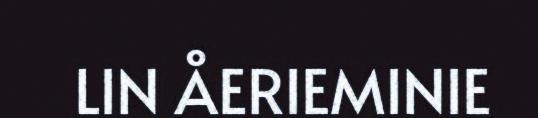
LIN ÅERIEMINIE